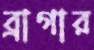
ব্রাগার